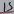
Text: 15